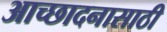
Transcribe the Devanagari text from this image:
आच्छादनासाठी